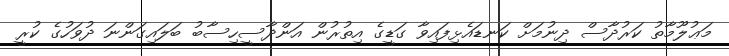
މަޢުލޫމާތު ކަރުދާސް ދިނުމަށް ކަނޑައެޅިފައިވާ ގަޑީގެ އިތުރުން އަންދާސީހިސާބު ބަލައިގަންނަ ދުވަހުގެ ކުރީ